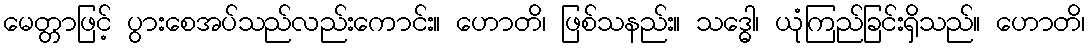
မေတ္တာဖြင့် ပွားစေအပ်သည်လည်းကောင်း။ ဟောတိ၊ ဖြစ်သနည်း။ သဒ္ဓေါ၊ ယုံကြည်ခြင်းရှိသည်။ ဟောတိ၊